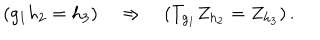
( g _ { 1 } h _ { 2 } = h _ { 3 } ) \quad \Rightarrow \quad ( T _ { g _ { 1 } } Z _ { h _ { 2 } } = Z _ { h _ { 3 } } ) \, .